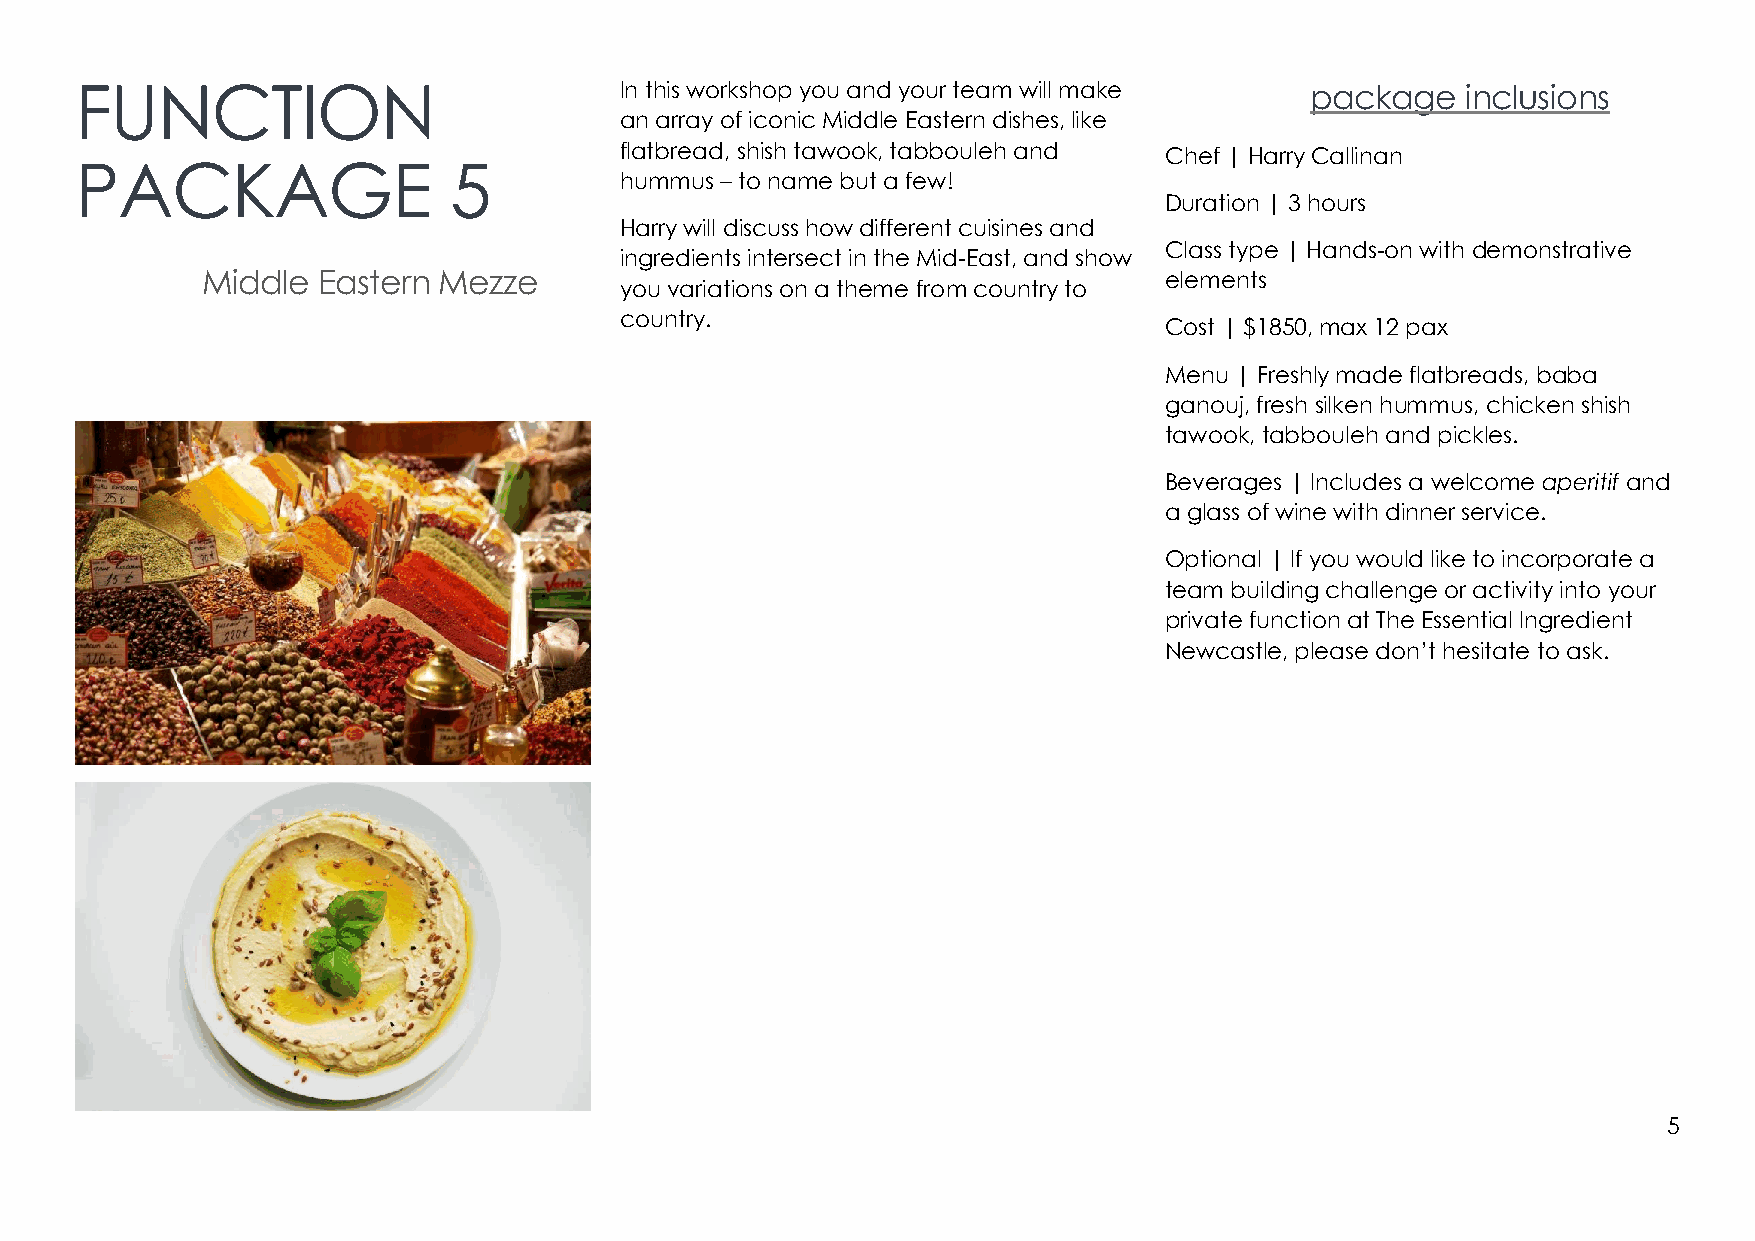
FUNCTION                            In this workshop you and your team will make  package   inclusions
 an array of iconic Middle Eastern dishes, like
 flatbread, shish tawook, tabbouleh and Chef | Harry Callinan
 PACKAGE                  5
 hummus – to name but a few!
 Duration | 3 hours
 Harry will discuss how different cuisines and
 Class type | Hands-on with demonstrative
 ingredients intersect in the Mid-East, and show
 Middle  Eastern Mezze                                           elements
 you variations on a theme from country to
 country.
 Cost | $1850, max 12 pax
 Menu | Freshly made flatbreads, baba
 ganouj, fresh silken hummus, chicken shish
 tawook, tabbouleh and pickles.
 Beverages | Includes a welcome aperitif and
 a glass of wine with dinner service.
 Optional | If you would like to incorporate a
 team building challenge or activity into your
 private function at The Essential Ingredient
 Newcastle, please don’t hesitate to ask.
 5